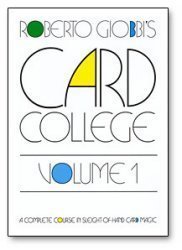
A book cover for Card College, Vol. 1: A Complete Course in Sleight-of-Hand Card Magic; Roberto Giobbi; Humor & Entertainment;